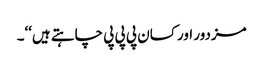
مزدور اور کسان پی پی پی چاہتے ہیں‘‘۔